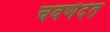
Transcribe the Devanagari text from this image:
चवर्णदंत